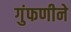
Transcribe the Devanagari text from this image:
गुंफणीने